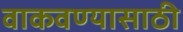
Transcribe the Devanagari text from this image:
वाकवण्यासाठी